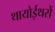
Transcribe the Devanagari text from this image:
थायोईथरों